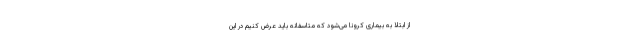
از ابتلا به بیماری کرونا می‌شود که متاسفانه باید عرض کنیم در این